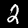
Digit: 2